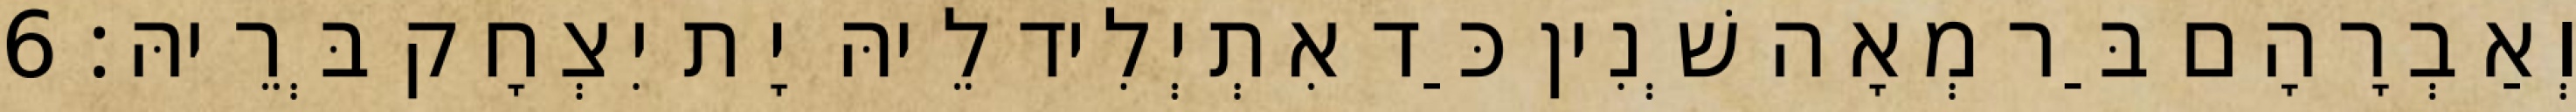
וְאַבְרָהָם בַּר מְאָה שְׁנִין כַּד אִתְיְלִיד לֵיהּ יָת יִצְחָק בְּרֵיהּ׃ 6